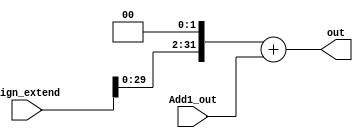
`timescale 1ns / 1ps
//////////////////////////////////////////////////////////////////////////////////
// Company: 
// Engineer: 
// 
// Design Name: 
// Module Name: Add2
// Project Name: 
// Target Devices: 
// Tool Versions: 
// Description: 
// 
// Dependencies: 
// 
// Revision:
// Revision 0.01 - File Created
// Additional Comments:
// 
//////////////////////////////////////////////////////////////////////////////////


module Add2(input [31:0] Add1_out,input [31:0] Sign_extend,output reg [31:0] out);
reg [31:0] tmp;
always@(Add1_out or Sign_extend)begin
tmp <= Sign_extend << 2;
out = tmp + Add1_out;
end
endmodule